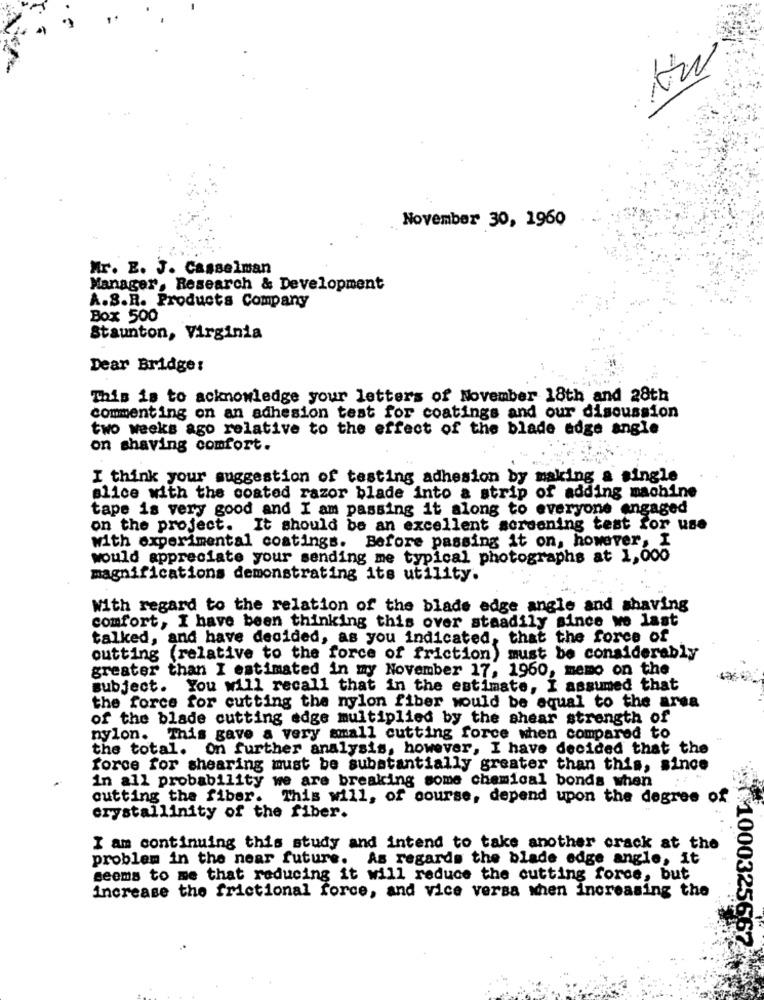
November 30, 1960
Mr. E. J. Casselman
Manager, Research & Development
A.S.R. Products Company
Box 500
Staunton, Virginia
Dear Bridge:
This is to acknowledge your letters of November 18th and 28th
commenting on an adhesion test for coatings and our discussion
two weeks ago relative to the effect of the blade adge angle
on shaving comfort.
I think your suggestion of testing adhesion by making a single
slice with the coated razor blade into a strip of adding machine
tape is very good and I am passing it along to everyone engaged
on the project. It should be an excellent screening test for use
with experimental coatings. Before passing it on, however, I
would appreciate your sending me typical photographs at 1,000
magnifications demonstrating its utility.
With regard to the relation of the blade edge angle and shaving
comfort, I have been thinking this over staadily since we last
talked, and have decided, as you indicated, that the force of
outting (relative to the force of friction) must be considerably
greater than I estimated in my November 17, 1960, memo on the
subject. You will recall that in the estimate, I assumed that
the force for cutting the nylon fiber would be equal to the area
of the blade cutting edge multiplied by the shear strength of
nylon. This gave a very small cutting force when compared to
the total. On further analysis, however, I have decided that the
force for shearing must be substantially greater than this, since
in all probability we are breaking some chemical bonds when
cutting the fiber. This will, of course, depend upon the degree of
crystallinity of the fiber.
I am continuing this study and intend to take another crack at the
problem in the near future. As regards the blade edge angle, it
seems to me that reducing it will reduce the cutting force, but
increase the frictional force, and vice versa when increasing the
$1000325667